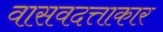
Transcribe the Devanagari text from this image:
वासवदत्ताकार